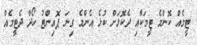
ޓީމެއް ކޮންމެ ޓީމަކާއި ދެކޮޅަށް ކުޅެ އެންމެ ގިނަ ޕޮއިންޓު ހޯދާ ދެޓީމެއް